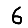
Digit: 6